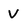
Character: V